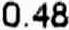
0.48